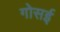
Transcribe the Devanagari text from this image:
गोसई